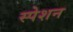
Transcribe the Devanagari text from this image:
स्पेशन